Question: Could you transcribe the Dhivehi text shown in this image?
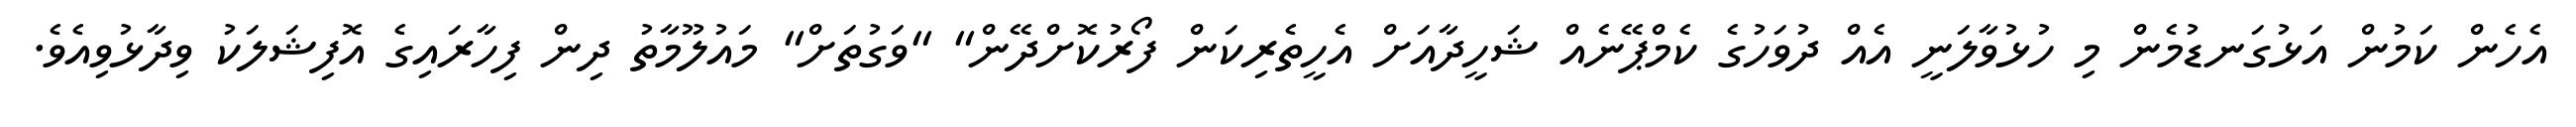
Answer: އެހެން ކަމުން އަޅުގަނޑުމެން މި ހުޅުވާލަނީ އެއް ދުވަހުގެ ކެމްޕޭނެއް ޝަހީދާއަށް އެހީތެރިކަން ފޯރުކޮށްދޭން" "ވަގުތަށް" މައުލޫމާތު ދިން ފިހާރައިގެ އޮފިޝަލަކު ވިދާޅުވިއެވެ.